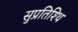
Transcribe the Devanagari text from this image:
सुप्रतिश्थि